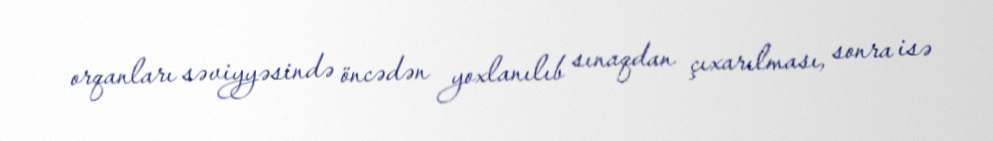
orqanları səviyyəsində öncədən yoxlanılıb sınaqdan çıxarılması, sonra isə